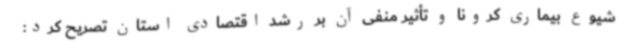
شیوع بیماری کرونا و تأثیر منفی آن بر رشد اقتصادی استان تصریح کرد: